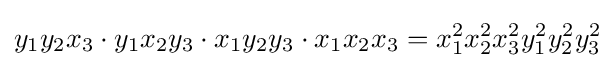
y_{1}y_{2}x_{3}\cdot y_{1}x_{2}y_{3}\cdot x_{1}y_{2}y_{3}\cdot x_{1}x_{2}x_{3}=x_{1}^{2}x_{2}^{2}x_{3}^{2}y_{1}^{2}y_{2}^{2}y_{3}^{2}